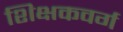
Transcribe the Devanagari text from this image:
शिक्षकवर्ग